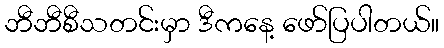
ဘီဘီစီသတင်းမှာ ဒီကနေ့ ဖော်ပြပါတယ်။